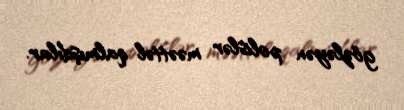
gözləyən polislər məəttəl qalmışdılar.